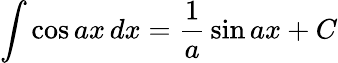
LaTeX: \int\cos ax\, dx={\frac{1}{a}}\sin ax+C